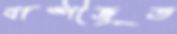
বাষ্পীভূত